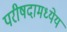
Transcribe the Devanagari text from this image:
परीषदामध्येय